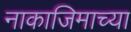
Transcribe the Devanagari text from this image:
नाकाजिमाच्या